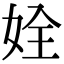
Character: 姾